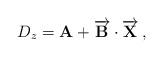
LaTeX: \begin{align*}D_z = \textbf{A}+\overrightarrow{\mathbf{B}}\cdot \overrightarrow{\mathbf{X}}\,,\end{align*}